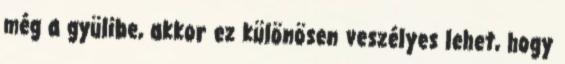
még a gyülibe, akkor ez különösen veszélyes lehet, hogy